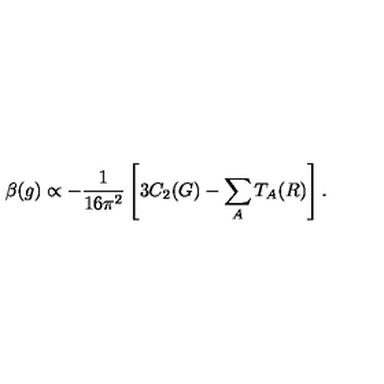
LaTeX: \beta ( g ) \propto - { \frac { 1 } { 1 6 \pi ^ { 2 } } } \left[ 3 C _ { 2 } ( G ) - \sum _ { A } T _ { A } ( R ) \right] .